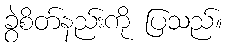
ခွဲစိတ်နည်းကို ပြသည်။